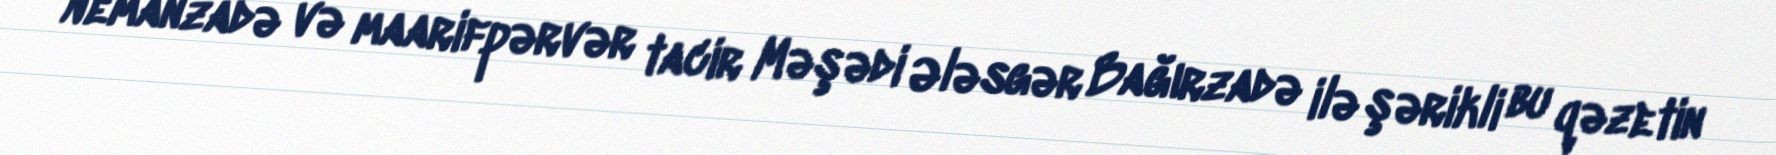
Nemanzadə və maarifpərvər tacir Məşədi Ələsgər Bağırzadə ilə şərikli bu qəzetin